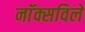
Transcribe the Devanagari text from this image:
नाॅक्सविले